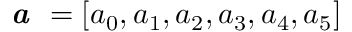
\textbf { \em a } = [ a _ { 0 } , a _ { 1 } , a _ { 2 } , a _ { 3 } , a _ { 4 } , a _ { 5 } ]